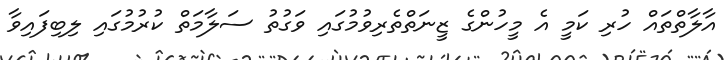
އާލާތްތައް ހުރި ކަމީ އެ މީހުންގެ ޒީނަތްތެރިވުމުގައި ވަގުތު ސަލާމަތް ކުރުމުގައި ލިބިފައިވާ